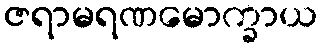
ဇရာမရဏမောက္ခာယ